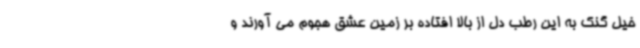
خیل گنک به این رطب دل از بالا افتاده بر زمین عشق هجوم‌ می آورند و